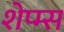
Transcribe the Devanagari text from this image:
शेप्म्स